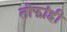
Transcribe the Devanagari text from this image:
तोफांही